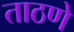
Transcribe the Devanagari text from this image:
ताठणे